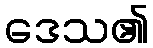
ဒေသ၏